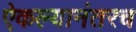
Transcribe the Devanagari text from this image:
ऐकल्यानंतरच